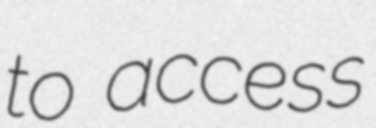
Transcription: to access